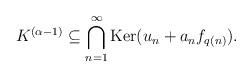
LaTeX: \begin{align*} K^{(\alpha - 1)} \subseteq \bigcap_{n=1}^\infty \operatorname{Ker}(u_n + a_n f_{q(n)}). \end{align*}